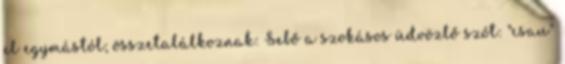
el egymástól; összetalálkoznak: Sebő a szokásos üdvözlő szót: "csau"